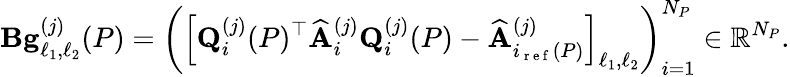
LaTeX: \mathbf{B}\mathbf{g}_{\ell_{1},\ell_{2}}^{(j)}(P)=\left(\left[\mathbf{Q}_{i}^{(j)}(P)^{\top}\widehat{\mathbf{A}}_{i}^{(j)}\mathbf{Q}_{i}^{(j)}(P)-\widehat{\mathbf{A}}_{i_{\mathrm{~r~e~f~}}(P)}^{(j)}\right]_{\ell_{1},\ell_{2}}\right)_{i=1}^{N_{P}}\in\mathbb{R}^{N_{P}}.